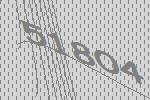
51804